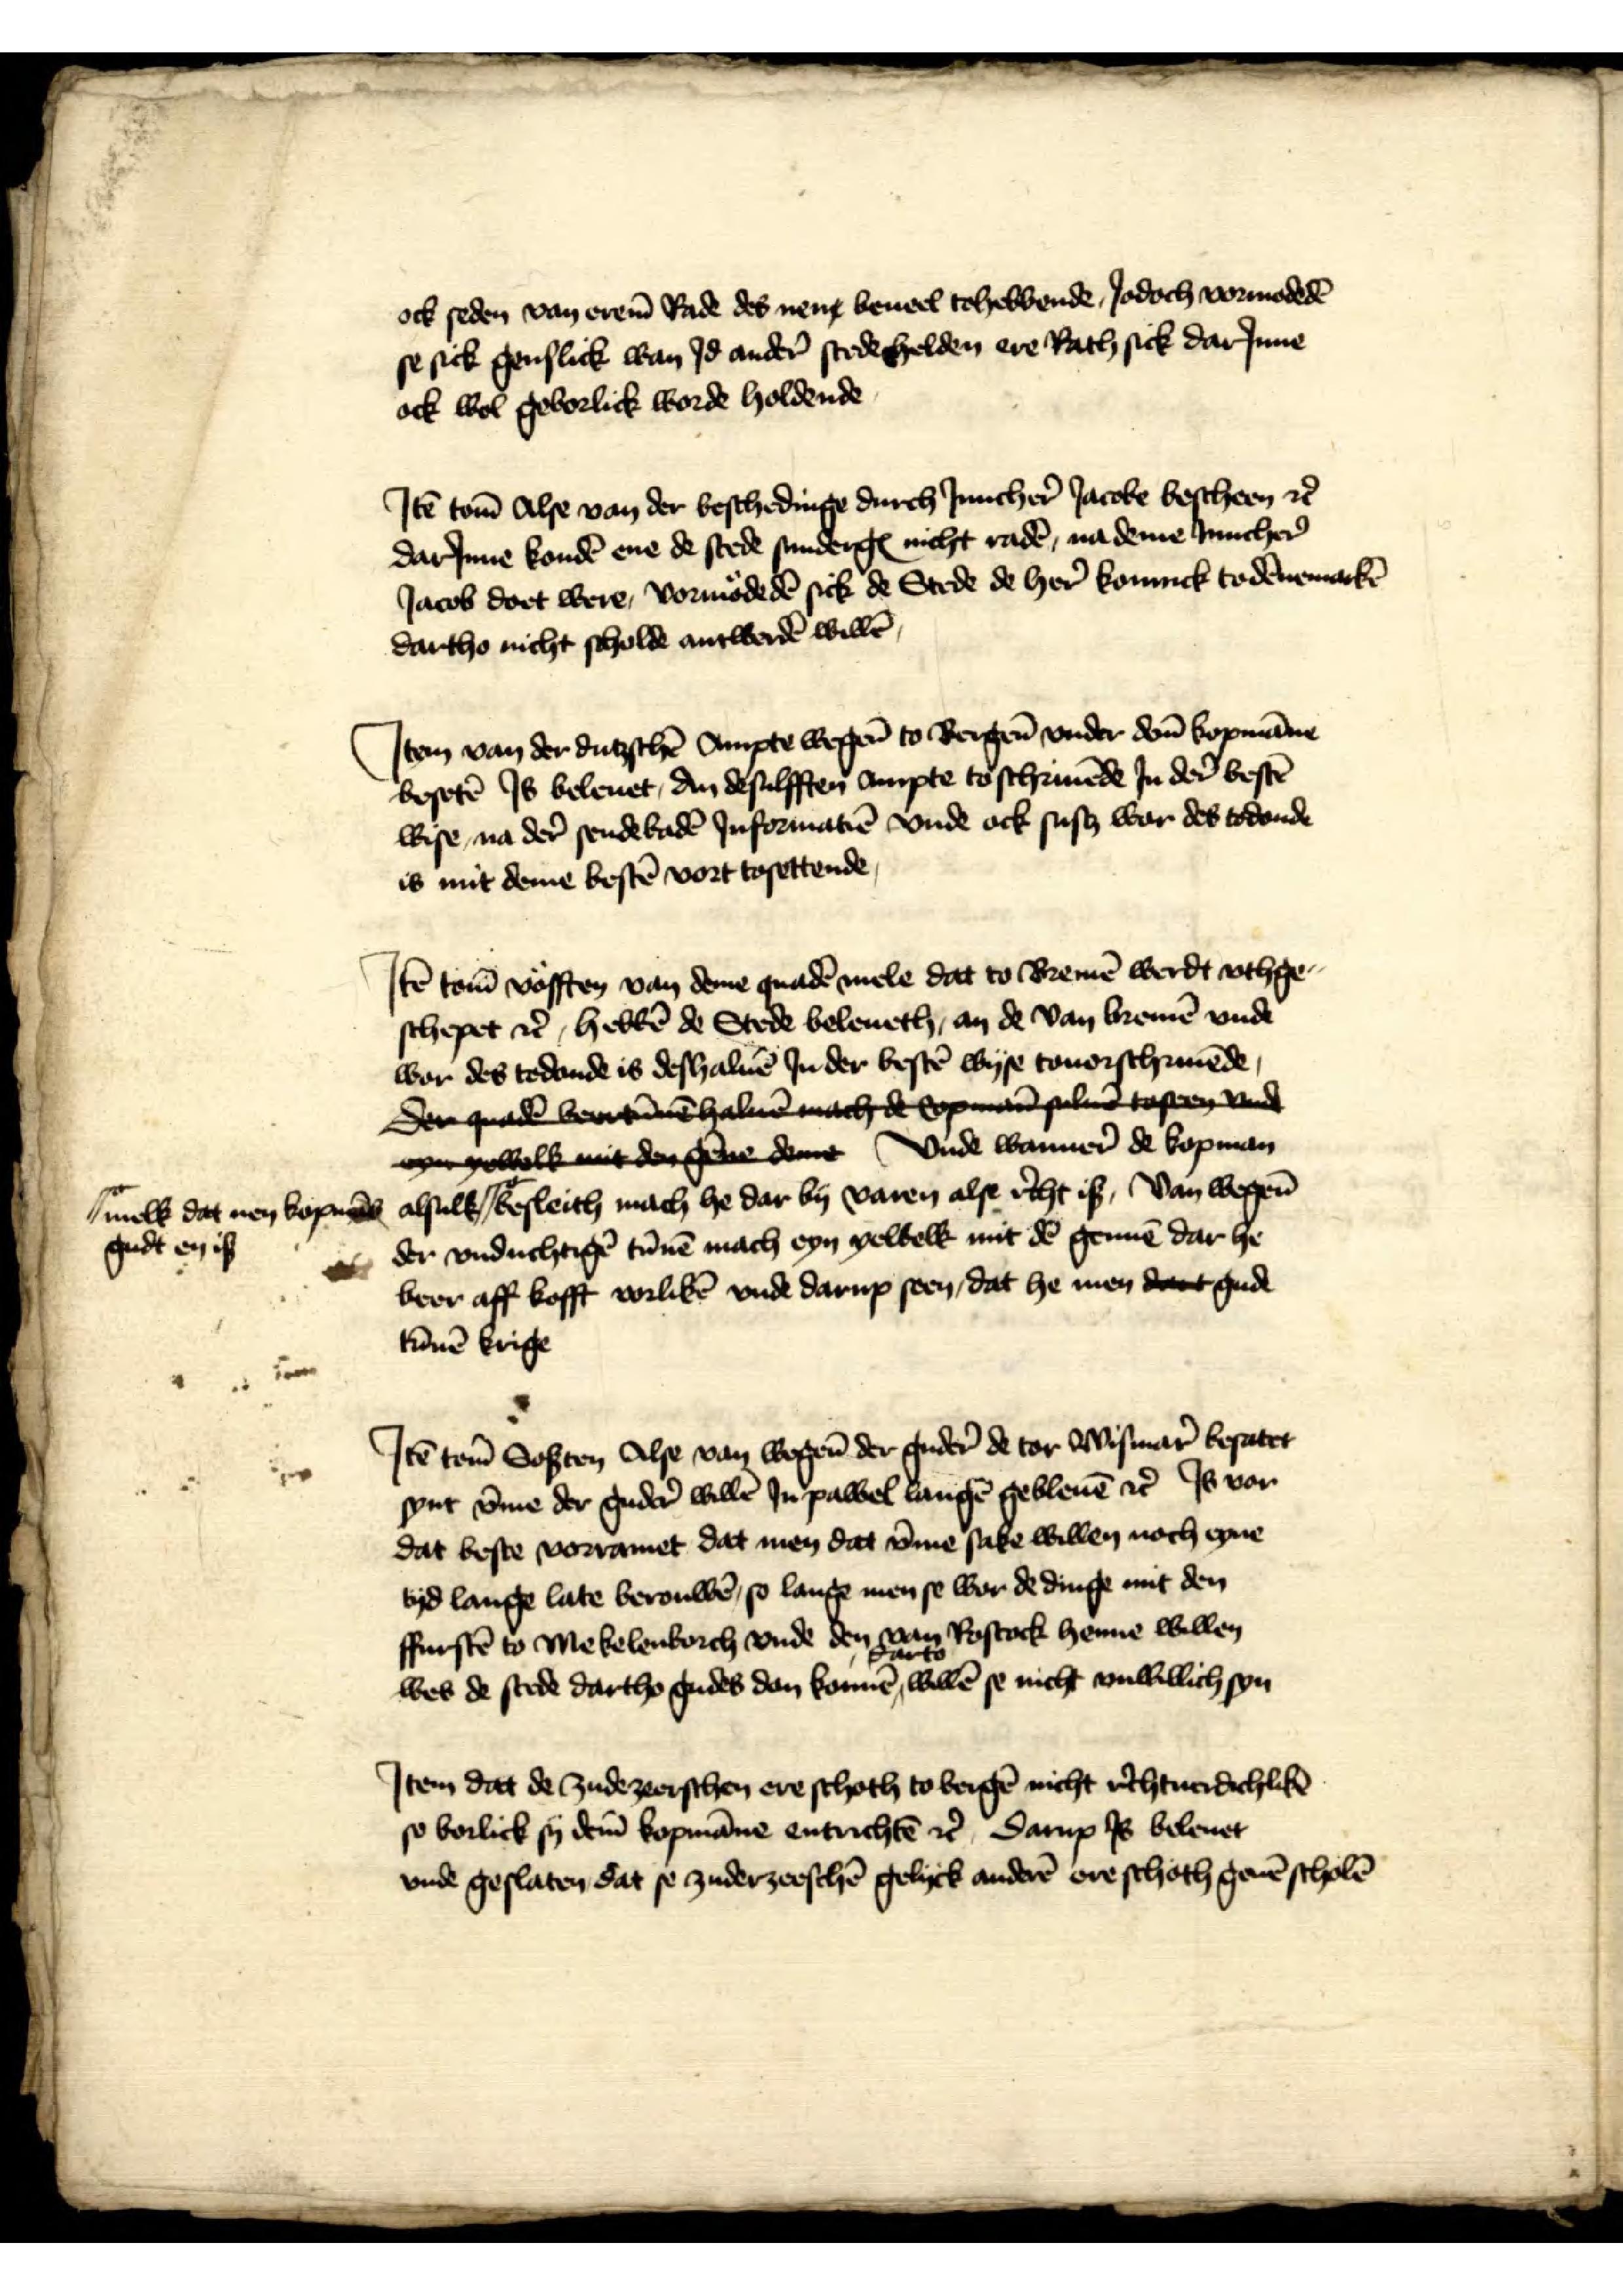
ock seden van erem̄ Rade des nent beueel tohebbende, Jodoch vormodedē
se sick genslick wan Jd ander̉ stede helden ere Rath sick darJnne
ock wol geborlick worde holdende

Jtē tom̄ alse van der beschedinge durch Jnncher̉ Jacobe bescheen et̉
darJnne kondē ene de stede sundergꝬ nicht radē, na deme Jnncher̉
Jacob doet were, vormodedē sick de Stede de her̉ koninck to dēnemarkē
dartho nicht scholde antwerdē willē

Jtem van der dutzschē Ampte wegen to Bergen vnder dem̄ kopmāne
besetē Js beleuet, an desulfften ampte to schriuēde Jn der bestē
wise na der sendebadē Jnformatiē vnde ock sustz war des todonde
is mit deme bestē vort tosettende

Jtē tom̄ vofften van deme gnadē mele dat to Bremē werdt vthge¬
schepet et̉, hebbē de Stede beleneth, an de van Bremē vnde
wor des todonde is deshaluē Jn der bestē wyse touorschriuēde
der gnade bertūunnen halue nach de copman sulue tosten vnde
eyngewolk mit den gene deme vnde wanner de kopman
alsulk ||o- besleith mach he dar by varen alse r̉cht is, van wegen̄
der vnduchtigē tūnē mach eyn yewelk mit dē gennē dar he
beer aff kofft vorlikē vnde darup seen, dat he men dart gude
tūnē krige

||o- melk dat men kopmās
gudt en is

Jtē tom̄ Sosten Alse van wegen der guder̉ de tor Wismar̉ besatet
synt v̄me der guder̉ willē Jn Pawel Langē gebleuē et̉ Js vor
dat beste vorramet dat men dat v̄me sake willen noch eyne
tyd lange late berouwē, so lange men se wor de dinge mit den
ffurstē to Mekelenborch vnde den van Rostock henne willen
wes de stede dartho gudes don konnē darto willē se nicht vnwillich syn

Jtem dat de zudezeerschen ere schoth to Bergē nicht r̉chtuerdichlikē
so borlick sy dem̄ kopmāne entrichtē et̉, Darup Js beleuet
vnde geslaten dat se zuderzeeschē gelyck anderē ere schoth geuē scholē